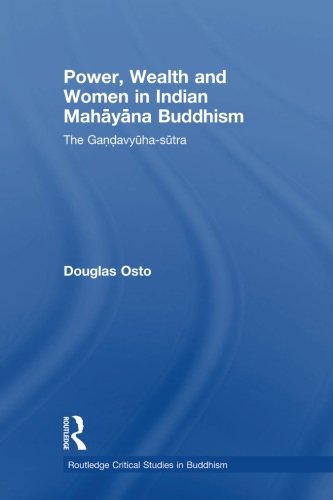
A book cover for Power, Wealth and Women in Indian Mahayana Buddhism: The Gandavyuha-sutra (Routledge Critical Studies in Buddhism); Douglas Osto; Religion & Spirituality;